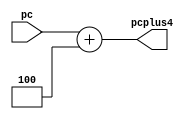
`timescale 1ns / 1ps
//////////////////////////////////////////////////////////////////////////////////
// El mdulo corresponde a un sumador, que toma al valor actual de PC 
// y le suma el nmero cuatro como inmediato para obtener el valor PC+4 para la
// siguiente instruccin.
//////////////////////////////////////////////////////////////////////////////////


module PCPlus4 (
  input [31:0] pc, //Entrada del valor actual de PC
  output reg [31:0] pcplus4 //Salida de valor de PC+4
);

  always @* begin //En cualquier momento
    pcplus4 = pc + 32'd4; //Suma de PC + 4.
  end
  
endmodule